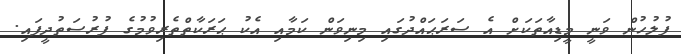
ފުލުހުން ވަނީ މީޑިއާތަކަށް އެ ސަރަޙައްދުގައި މިނިވަން ކަމާއި އެކު ޙަރަކާތްތެރިވުމުގެ ފުރުސަތުދީފައި.